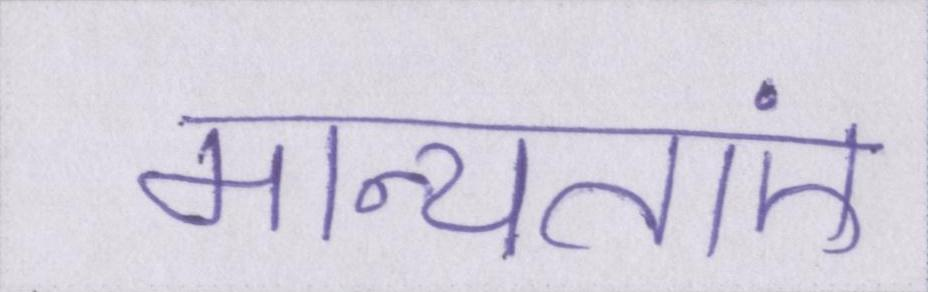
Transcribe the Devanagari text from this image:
मान्यताएं